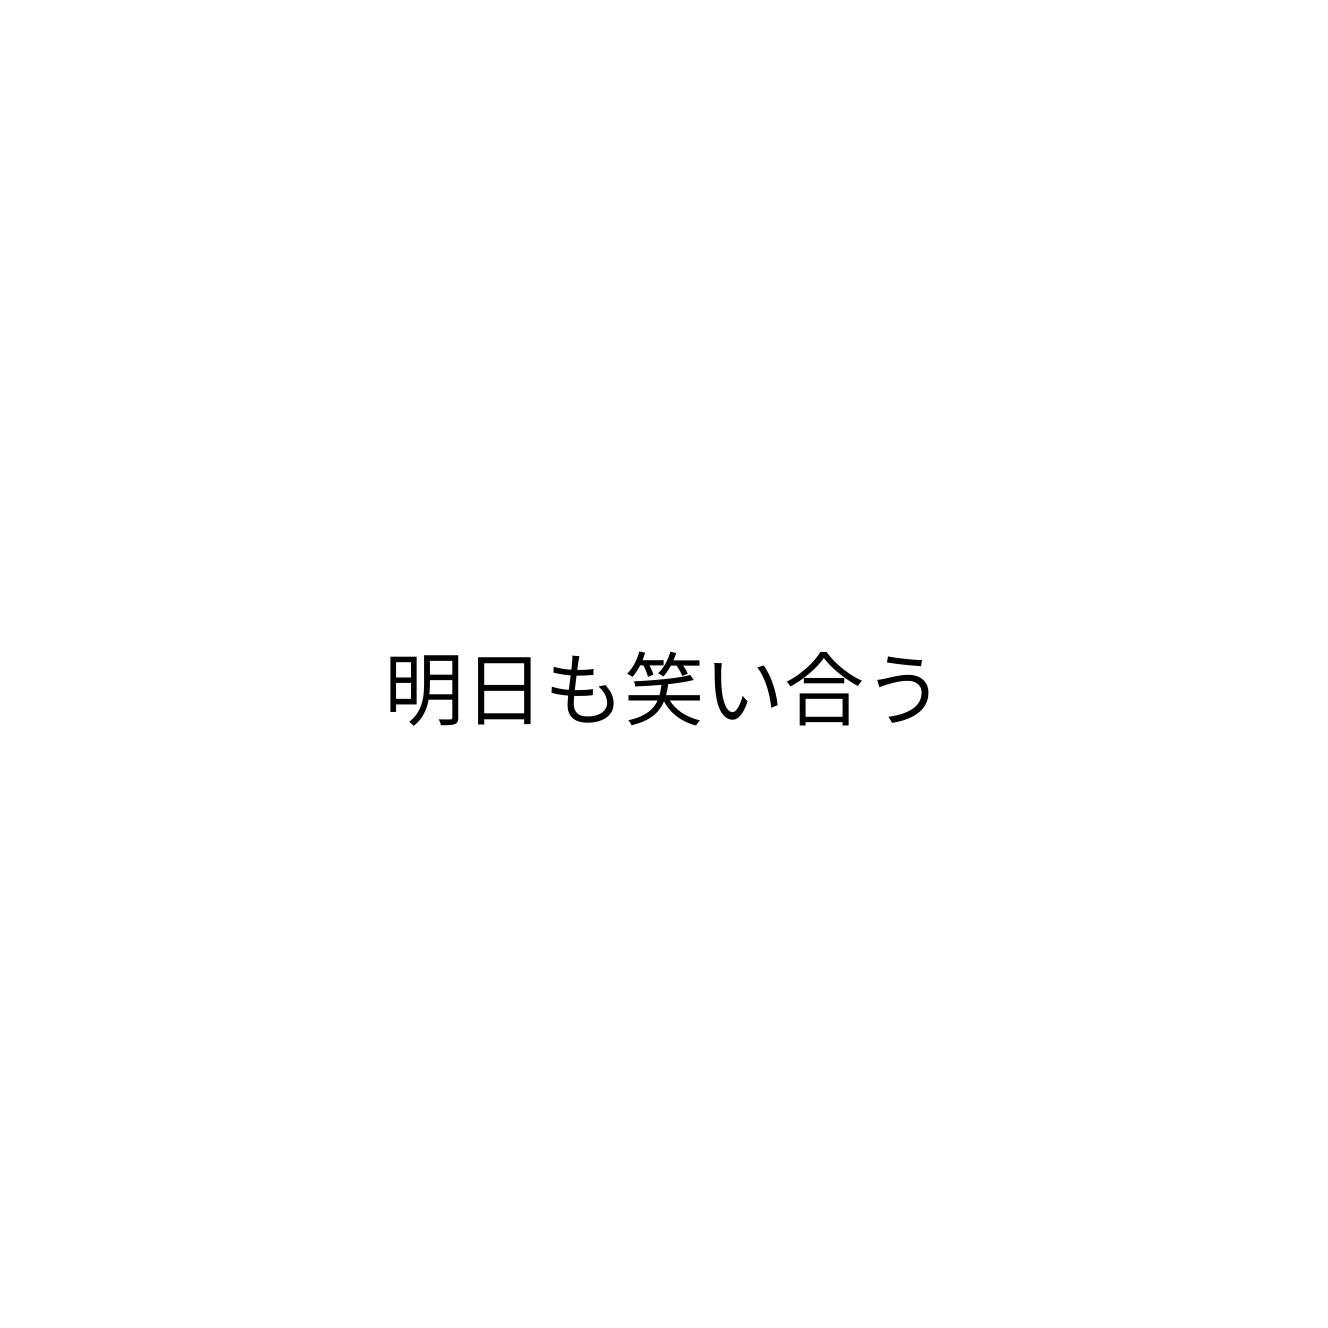
明日も笑い合う